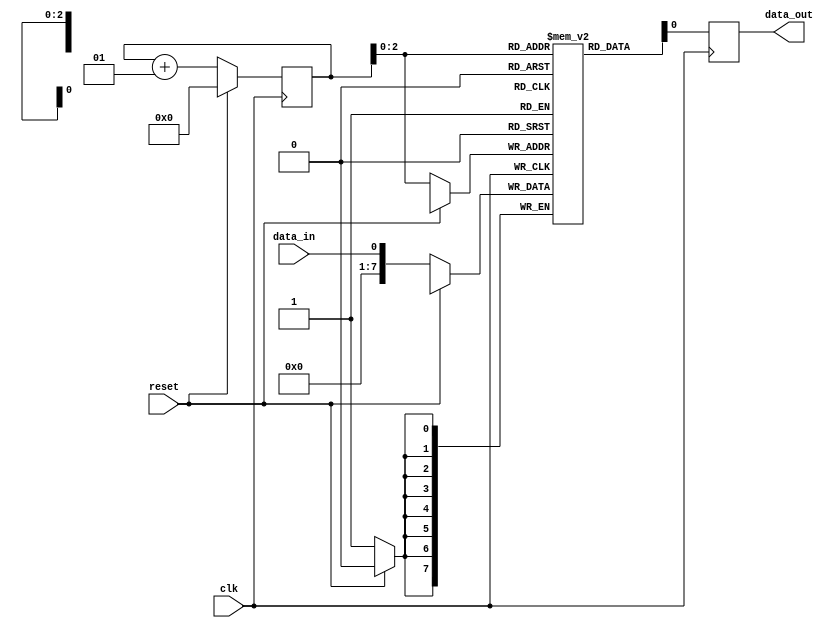
module flash_memory(
  input clk,
  input reset,
  input data_in,
  output reg data_out
);

reg [7:0] memory [0:7]; // 8 flip-flops for storing 8 bits each

integer address = 0;

always @(posedge clk) begin
  if (reset) begin
    address <= 0;
  end else begin
    memory[address] <= data_in;
    address <= address + 1;
  end
end

always @(posedge clk) begin
  data_out <= memory[address];
end

endmodule